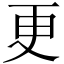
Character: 更